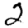
Digit: 2